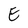
Character: E